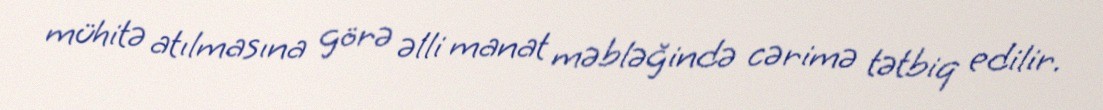
mühitə atılmasına görə əlli manat məbləğində cərimə tətbiq edilir.